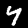
Digit: 4